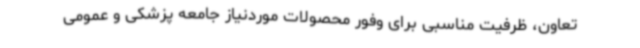
تعاون، ظرفیت مناسبی برای وفور محصولات موردنیاز جامعه پزشکی و عمومی